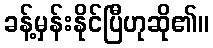
ခန့်မှန်းနိုင်ပြီဟုဆို၏။